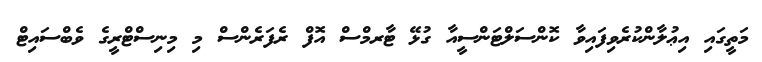
މަތީގައި އިޢުލާންކުރެވިފައިވާ ކޮންސަލްޓަންސީއާ ގުޅޭ ޓާރމްސް އޮފް ރެފަރެންސް މި މިނިސްޓްރީގެ ވެބްސައިޓް